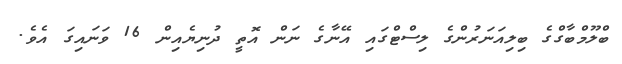
ބްލޫމްބާގްގެ ބިލިއަނަރުންގެ ލިސްޓްގައި އޭނާގެ ނަން އޮތީ ދުނިޔެއިން 16 ވަނައިގަ އެވެ.